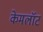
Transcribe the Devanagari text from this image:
केमलॉट